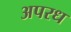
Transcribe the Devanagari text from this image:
अपरध